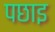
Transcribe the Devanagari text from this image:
पछाइ